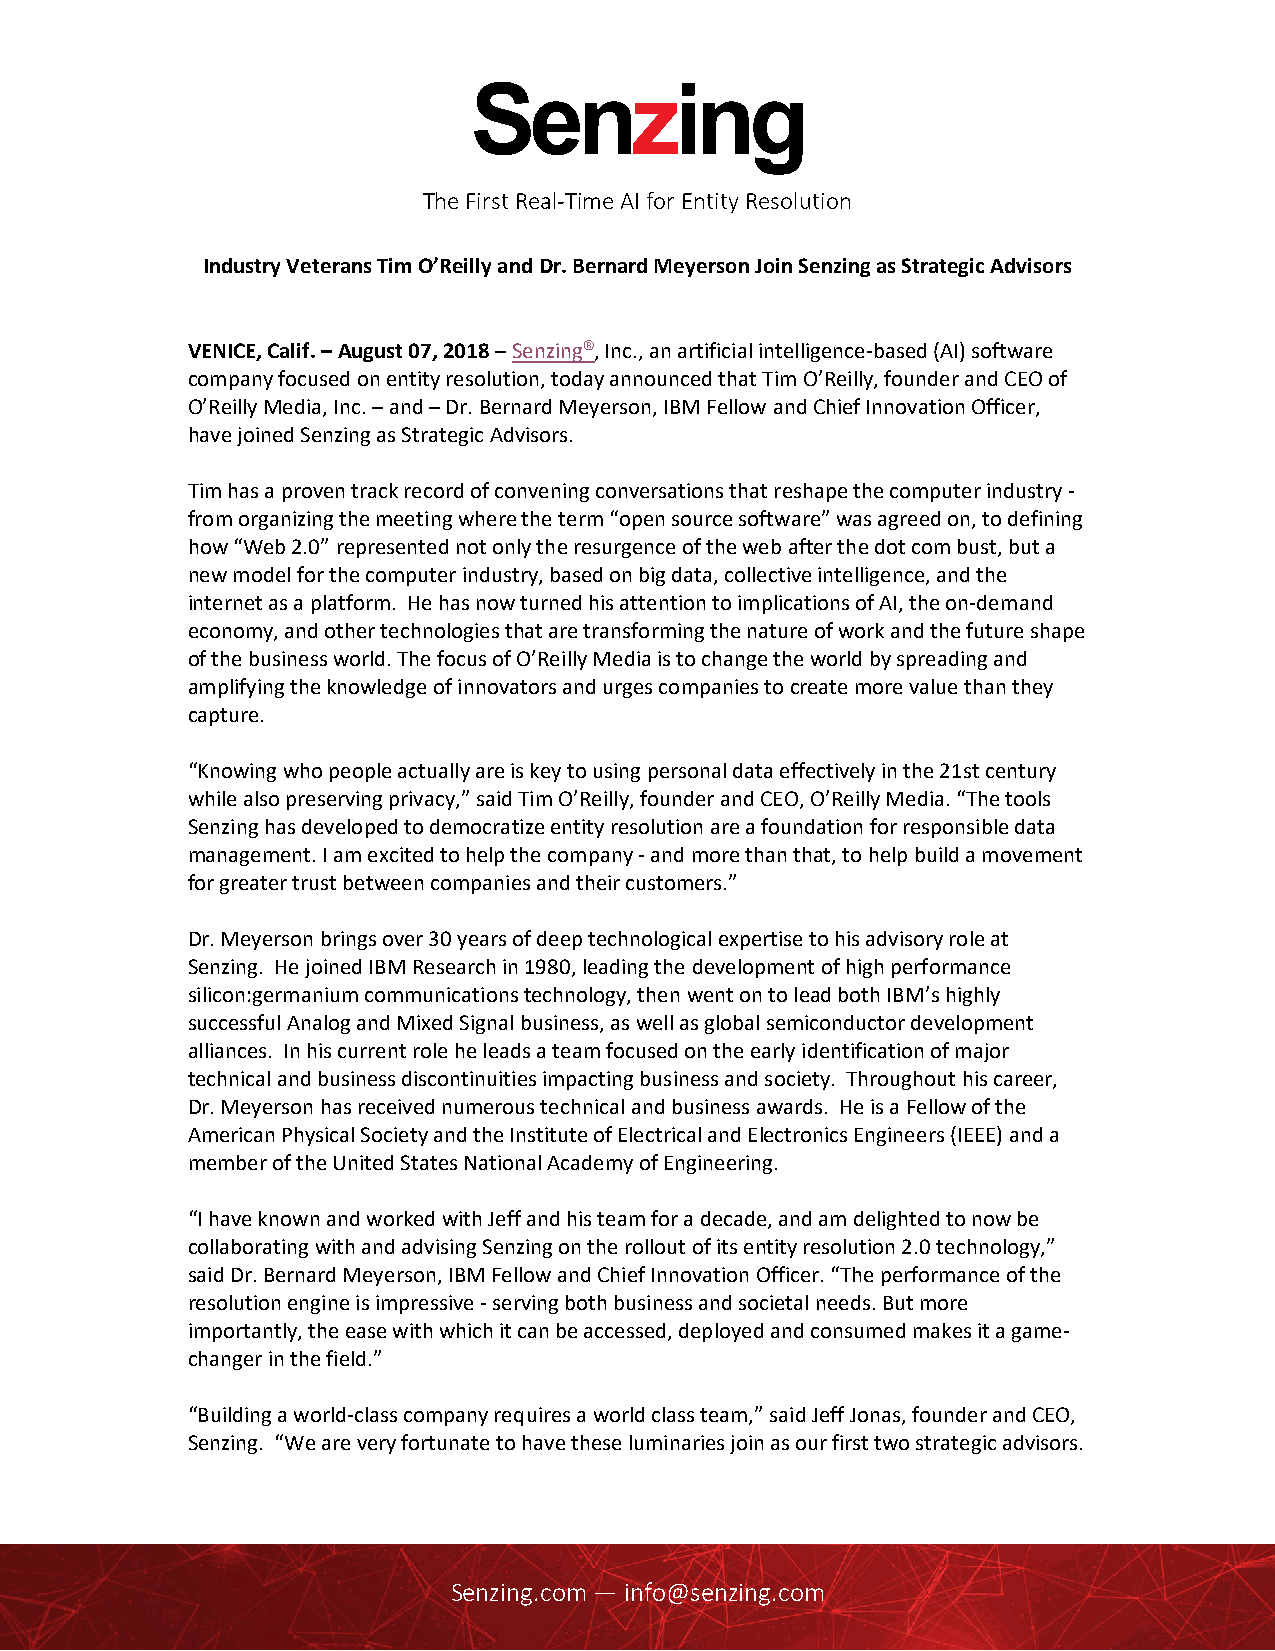
The First Real‐Time AI for Entity Resolution
 Industry Veterans Tim O’Reilly and Dr. Bernard Meyerson Join Senzing as Strategic Advisors
 VENICE, Calif. – August 07, 2018 – Senzing, Inc., an artificial intelligence‐based (AI) software
 company focused on entity resolution, today announced that Tim O’Reilly, founder and CEO of
 O’Reilly Media, Inc. – and – Dr. Bernard Meyerson, IBM Fellow and Chief Innovation Officer,
 have joined Senzing as Strategic Advisors.
 Tim has a proven track record of convening conversations that reshape the computer industry ‐
 from organizing the meeting where the term “open source software” was agreed on, to defining
 how “Web 2.0” represented not only the resurgence of the web after the dot com bust, but a
 new model for the computer industry, based on big data, collective intelligence, and the
 internet as a platform. He has now turned his attention to implications of AI, the on‐demand
 economy, and other technologies that are transforming the nature of work and the future shape
 of the business world. The focus of O’Reilly Media is to change the world by spreading and
 amplifying the knowledge of innovators and urges companies to create more value than they
 capture.
 “Knowing who people actually are is key to using personal data effectively in the 21st century
 while also preserving privacy,” said Tim O’Reilly, founder and CEO, O’Reilly Media. “The tools
 Senzing has developed to democratize entity resolution are a foundation for responsible data
 management. I am excited to help the company ‐ and more than that, to help build a movement
 for greater trust between companies and their customers.”
 Dr. Meyerson brings over 30 years of deep technological expertise to his advisory role at
 Senzing. He joined IBM Research in 1980, leading the development of high performance
 silicon:germanium communications technology, then went on to lead both IBM’s highly
 successful Analog and Mixed Signal business, as well as global semiconductor development
 alliances. In his current role he leads a team focused on the early identification of major
 technical and business discontinuities impacting business and society. Throughout his career,
 Dr. Meyerson has received numerous technical and business awards. He is a Fellow of the
 American Physical Society and the Institute of Electrical and Electronics Engineers (IEEE) and a
 member of the United States National Academy of Engineering.
 “I have known and worked with Jeff and his team for a decade, and am delighted to now be
 collaborating with and advising Senzing on the rollout of its entity resolution 2.0 technology,”
 said Dr. Bernard Meyerson, IBM Fellow and Chief Innovation Officer. “The performance of the
 resolution engine is impressive ‐ serving both business and societal needs. But more
 importantly, the ease with which it can be accessed, deployed and consumed makes it a game‐
 changer in the field.”
 “Building a world‐class company requires a world class team,” said Jeff Jonas, founder and CEO,
 Senzing. “We are very fortunate to have these luminaries join as our first two strategic advisors.
 Senzing.com — info@senzing.com